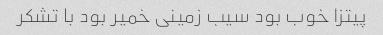
پیتزا خوب بود سیب زمینی خمیر بود با تشکر